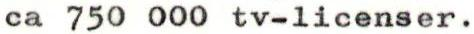
ca 750 000 tv-licenser.